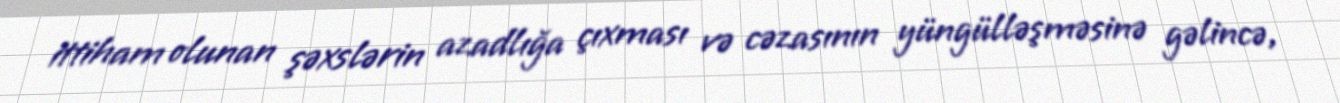
ittiham olunan şəxslərin azadlığa çıxması və cəzasının yüngülləşməsinə gəlincə,